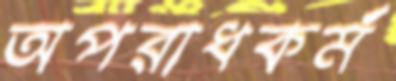
অপরাধকর্ম